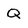
Character: Q